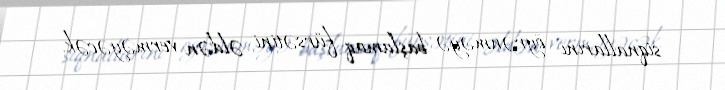
siqnallarını öyrənməyə başlamaq fürsətini əldən verməyəcək.